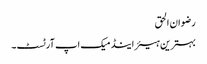
رضوان الحق
بہترین ہیئر اینڈ میک اپ آرٹسٹ۔